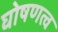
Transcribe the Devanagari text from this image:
घोषणत्व